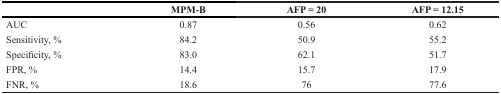
<table><thead><tr><td></td><td><b>MPM-B</b></td><td><b>AFP = 20</b></td><td><b>AFP = 12.15</b></td></tr></thead><tbody><tr><td>AUC</td><td>0.87</td><td>0.56</td><td>0.62</td></tr><tr><td>Sensitivity, %</td><td>84.2</td><td>50.9</td><td>55.2</td></tr><tr><td>Specificity, %</td><td>83.0</td><td>62.1</td><td>51.7</td></tr><tr><td>FPR, %</td><td>14.4</td><td>15.7</td><td>17.9</td></tr><tr><td>FNR, %</td><td>18.6</td><td>76</td><td>77.6</td></tr></tbody></table>